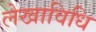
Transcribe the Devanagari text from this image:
लेखाविधि